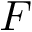
F